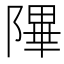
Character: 𬯕